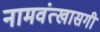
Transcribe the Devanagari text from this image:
नामवंत्खासगी